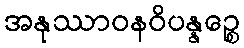
အနုဿာဝနဝိပန္နဉ္စေ